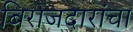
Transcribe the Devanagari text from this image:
बिराजदारांचा